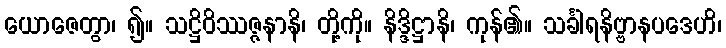
ယောဇေတွာ၊ ၍။ သဋ္ဌိဝိဿဇ္ဇနာနိ၊ တို့ကို။ နိဒ္ဒိဋ္ဌာနိ၊ ကုန်၏။ သင်္ခါရနိဗ္ဗာနပဒေဟိ၊